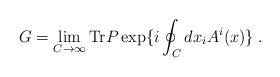
LaTeX: \begin{align*}G=\lim_{C\to\infty}{\rm Tr}P\exp\{i\oint_C dx_iA^i(x)\} \;.\end{align*}